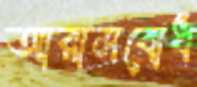
আরামবোধ